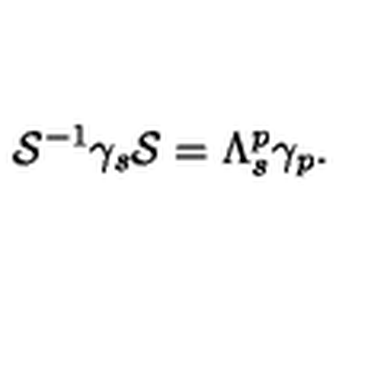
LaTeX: { \cal S } ^ { - 1 } \gamma _ { s } { \cal S } = \Lambda _ { s } ^ { p } \gamma _ { p } .